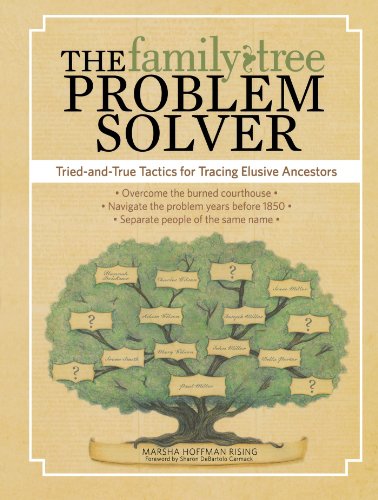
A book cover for The Family Tree Problem Solver: Tried-and-True Tactics for Tracing Elusive Ancestors; Marsha Hoffman Rising; Reference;